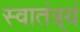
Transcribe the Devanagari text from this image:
स्वातंत्र्यं